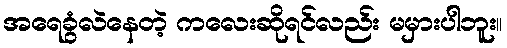
အရေခွံလဲနေတဲ့ ကလေးဆိုရင်လည်း မမှားပါဘူး။